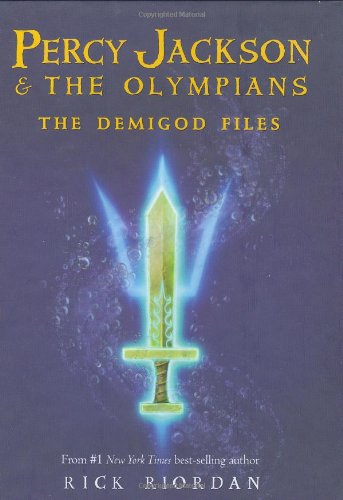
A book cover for The Demigod Files (A Percy Jackson and the Olympians Guide); Rick Riordan; Children's Books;